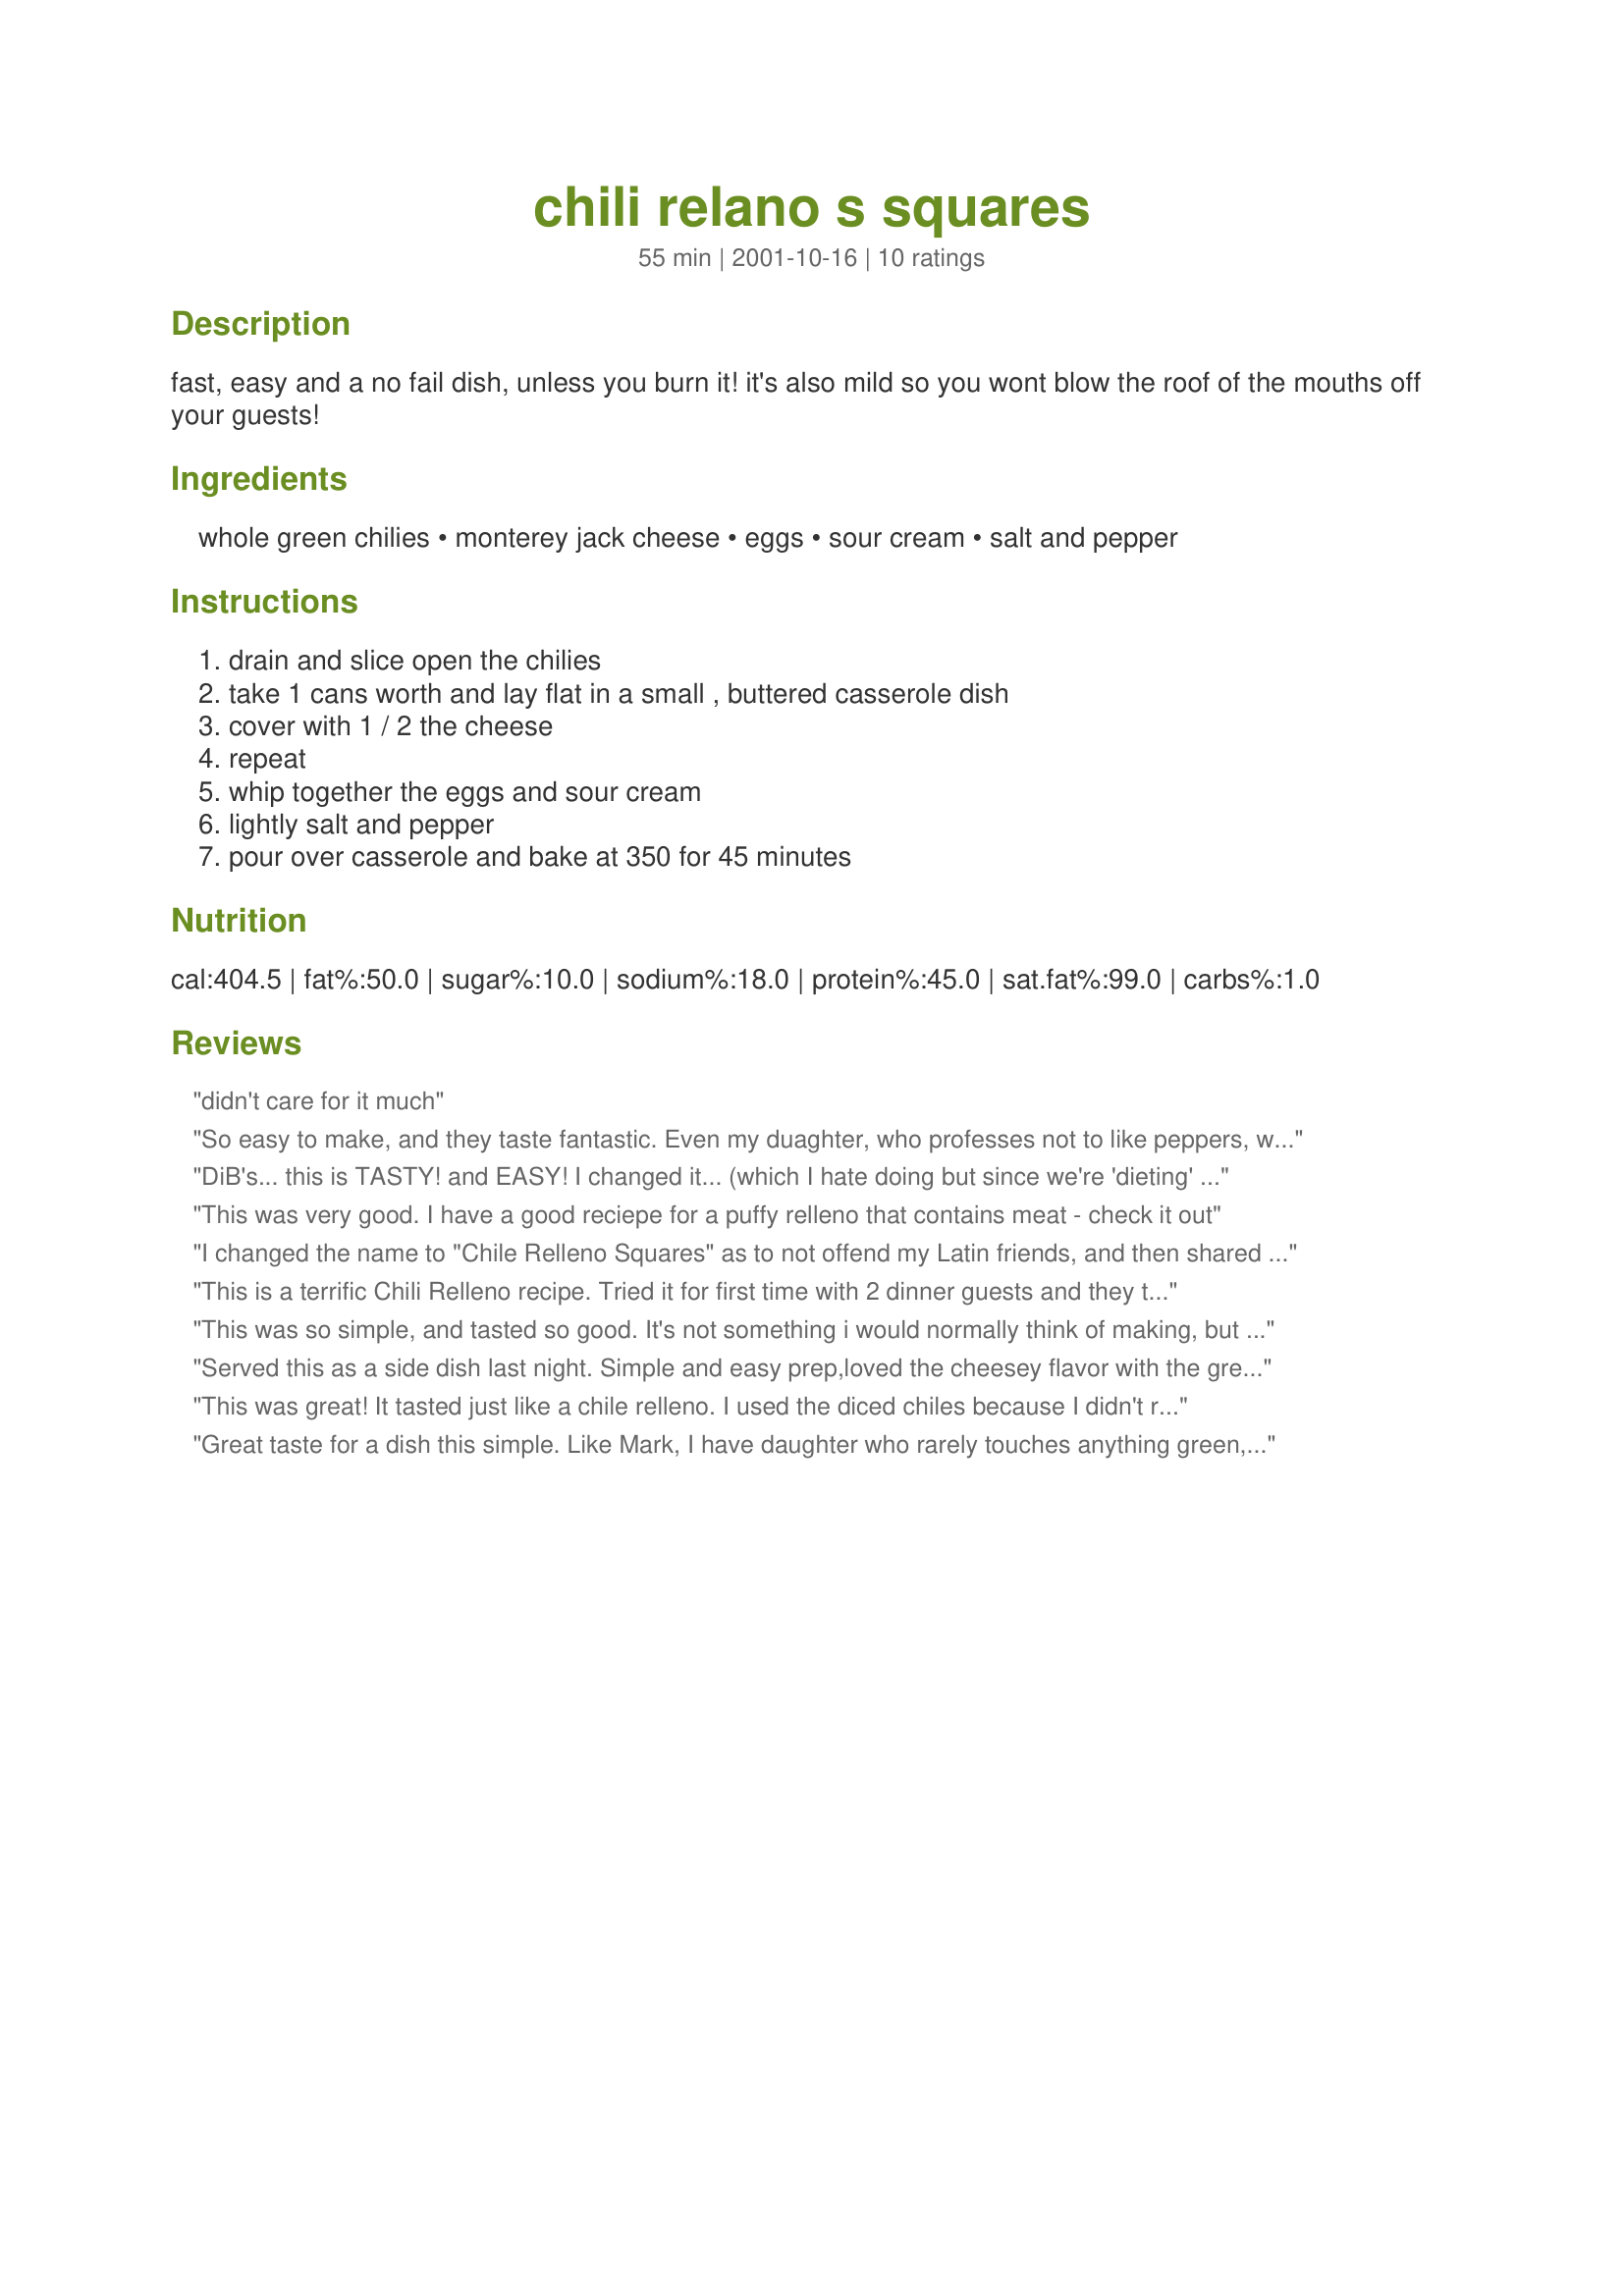
chili relano s squares
Preparation time: 55 minutes

fast, easy and a no fail dish, unless you burn it! it's also mild so you wont blow the roof of the mouths off your guests!

Ingredients:
whole green chilies, monterey jack cheese, eggs, sour cream, salt and pepper

Steps:
drain and slice open the chilies, take 1 cans worth and lay flat in a small , buttered casserole dish, cover with 1 / 2 the cheese, repeat, whip together the eggs and sour cream, lightly salt and pepper, pour over casserole and bake at 350 for 45 minutes

Reviews:
didn't care for it much
So easy to make, and they taste fantastic. Even my duaghter, who professes not to like peppers, went back for seconds. "My gosh, this is soooo good," she said. Always like hearing that about something I cook. This is a keeper Diana.
DiB's... this is TASTY! and EASY! I changed it... (which I hate doing but since we're 'dieting' in my house these are the ingredients we had. subbed egg beaters for the eggs, reduced fat sour cream and reduced fat cheddar... I had to cook it longer, because the eggbeaters make things watery. I still had "full flavor" (I have co-workers 'hawking' me at my desk now wanting to know what smells so good! LOL, I'll give them the recipe link! :-)
This was very good. I have a good reciepe for a puffy relleno that contains meat - check it out
I changed the name to "Chile Relleno Squares" as to not offend my Latin friends, and then shared this recipe with many people. It's a definite hit.
This is a terrific Chili Relleno recipe. Tried it for first time with 2 dinner guests and they too raved over it. Forced me to give them a copy of the recipe. 
Not a crumb was left after dinner. I used a spoonful of Sofrito Sauce over each of the squares. Recipe deserves a 5-star rating.
This was so simple, and tasted so good. It's not something i would normally think of making, but that's also what made it so great. I doubled this and served it as a side for a group of 16. it was a definate hit, and i had people asking for the recipe. another great one Di!
Served this as a side dish last night. Simple and easy prep,loved the cheesey flavor with the green chiles. Plan make this again and DH and I agreed that it was delicious! I think it would be equally as good with a hotter pepper for those how like a little more ZING!!! But it is definitley worth a try for anyone who want to try a different side dish!
This was great! It tasted just like a chile relleno. I used the diced chiles because I didn't read the "whole" part until I had done my shopping, but I loved the way it turned out. (Besides, I saved a step and didn't have to slice them open!) I also used a colby/monterrey jack shredded cheese combination instead of just monterrey jack. I will definitely make this again.. maybe next time with dices chicken or ground beef added! Thanks, Di!
Great taste for a dish this simple. Like Mark, I have daughter who rarely touches anything green, but loved this. This is a keeper.
